Annual report of the Punjab Veterinary College and of the Civil Veterinary Department, Punjab - 1909-1919
Year: 1909
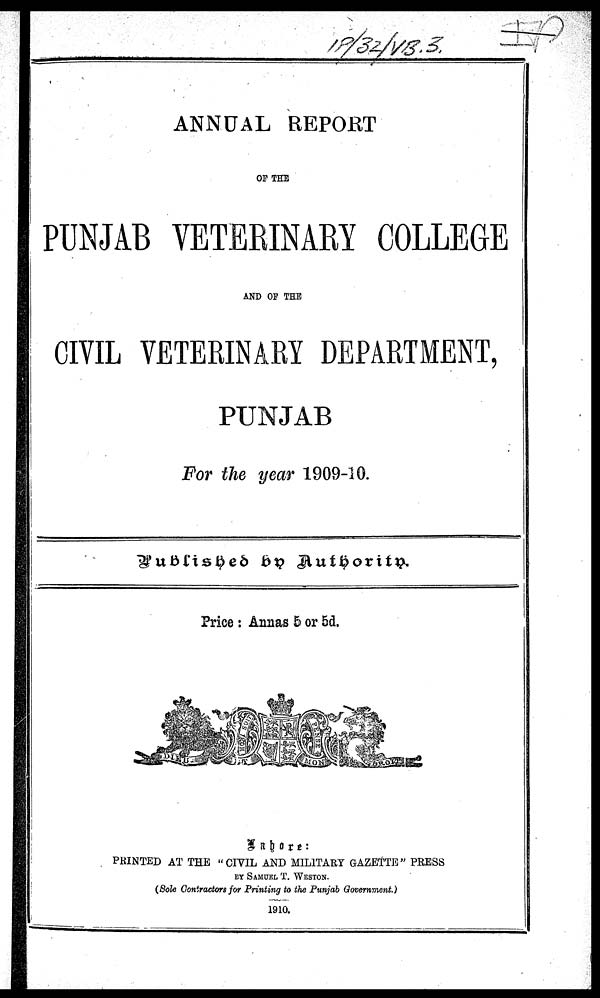
ANNUAL REPORT
OF THE
PUNJAB VETERINARY COLLEGE
AND OF THE
CIVIL VETERINARY DEPARTMENT,
PUNJAB
For the year 1909-10.
Published by Authority.
Price : Annas 5 or 5d.
Lahore:
PRINTED AT THE "CIVIL AND MILITARY GAZETTE" PRESS
BY SAMUEL T. WESTON.
(Sole Contractors for Printing to the Punjab Government.)
1910.